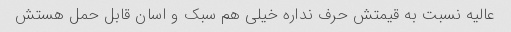
عالیه نسبت به قیمتش حرف نداره خیلی هم سبک و اسان قابل حمل هستش